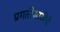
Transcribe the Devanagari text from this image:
प्रगतीसाठीचे